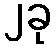
၂ခု